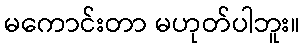
မကောင်းတာ မဟုတ်ပါဘူး။